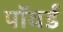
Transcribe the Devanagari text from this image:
पॉवर्ड